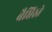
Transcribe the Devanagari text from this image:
बैप्तिस्ते